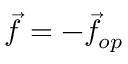
{ \vec { f } } = - { \vec { f } } _ { o p }